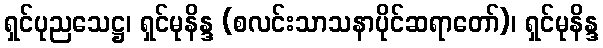
ရှင်ပုညသေဋ္ဌ၊ ရှင်မုနိန္ဒ (စလင်းသာသနာပိုင်ဆရာတော်)၊ ရှင်မုနိန္ဒ